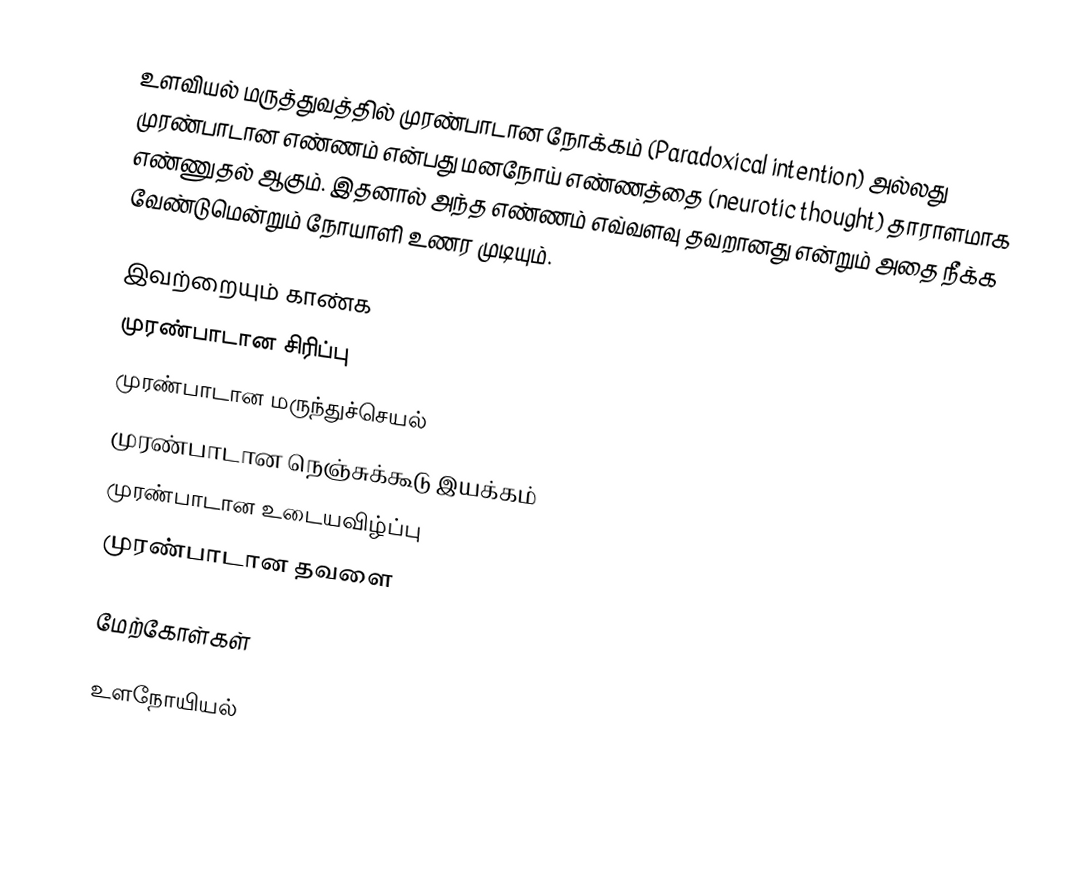
உளவியல் மருத்துவத்தில் முரண்பாடான நோக்கம் (Paradoxical intention) அல்லது முரண்பாடான எண்ணம் என்பது  மனநோய் எண்ணத்தை (neurotic thought) தாராளமாக எண்ணுதல் ஆகும். இதனால் அந்த எண்ணம் எவ்வளவு தவறானது என்றும் அதை நீக்க வேண்டுமென்றும் நோயாளி உணர முடியும்.

இவற்றையும் காண்க
முரண்பாடான சிரிப்பு
முரண்பாடான மருந்துச்செயல்
முரண்பாடான நெஞ்சுக்கூடு இயக்கம்
முரண்பாடான உடையவிழ்ப்பு
முரண்பாடான தவளை

மேற்கோள்கள்

உளநோயியல்